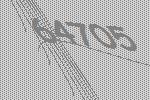
64705